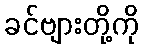
ခင်ဗျားတို့ကို